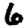
Digit: 6